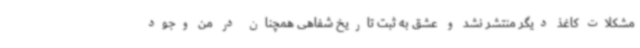
مشکلات کاغذ دیگر منتشر نشد و عشق به ثبت تاریخ شفاهی همچنان در من وجود